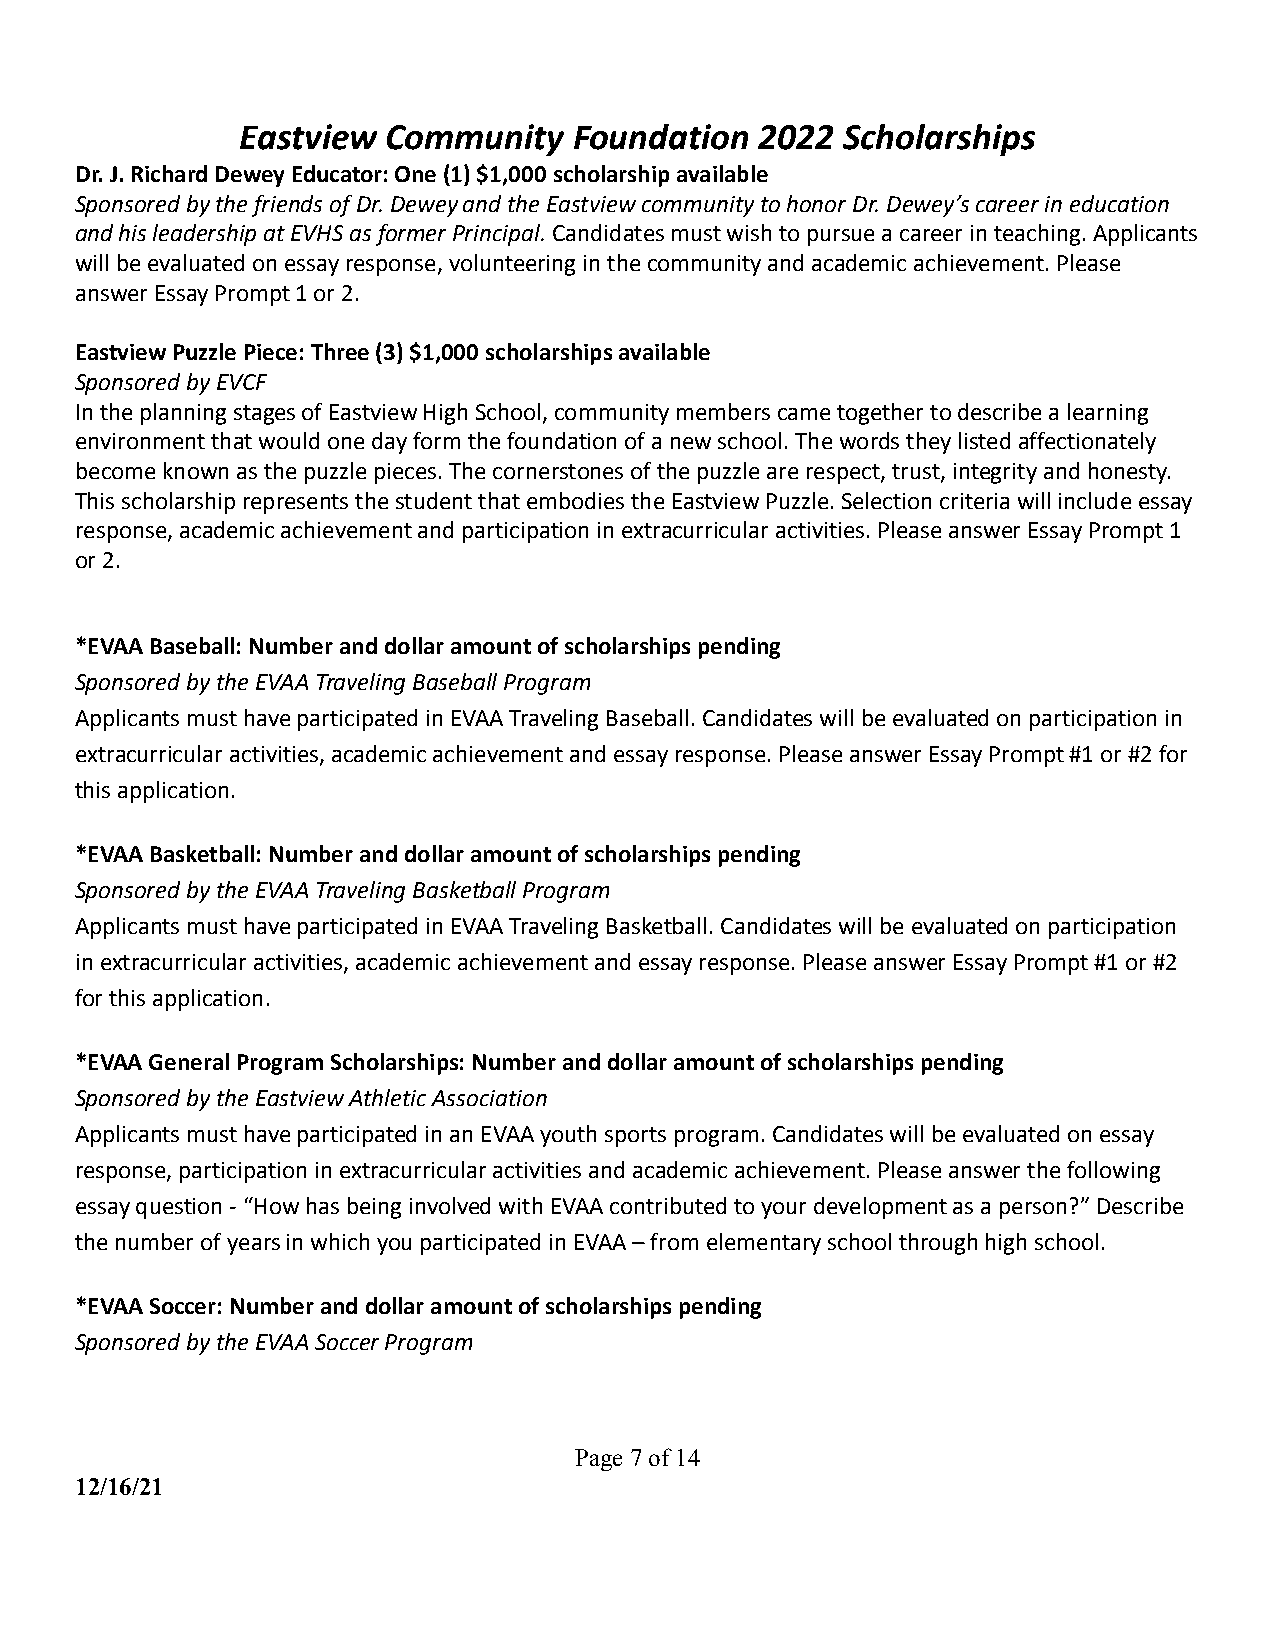
Eastview  Community   Foundation  2022  Scholarships
 Dr. J. Richard Dewey Educator: One (1) $1,000 scholarship available
 Sponsored by the friends of Dr. Dewey and the Eastview community to honor Dr. Dewey’s career in education
 and his leadership at EVHS as former Principal.Candidatesmust wish to pursue a career in teaching. Applicants
 will be evaluated on essay response, volunteering in the community and academic achievement. Please
 answer Essay Prompt 1 or 2.
 Eastview Puzzle Piece: Three (3) $1,000 scholarships available
 Sponsored by EVCF
 In the planning stages of Eastview High School, community members came together to describe a learning
 environment that would one day form the foundation of a new school. The words they listed affectionately
 become known as the puzzle pieces. The cornerstones of the puzzle are respect, trust, integrity and honesty.
 This scholarship represents the student that embodies the Eastview Puzzle. Selection criteria will include essay
 response, academic achievement and participation in extracurricular activities. Please answer Essay Prompt 1
 or 2.
 *EVAA Baseball: Number and dollar amount of scholarships pending
 Sponsored by the EVAA Traveling Baseball Program
 Applicants must have participated in EVAA Traveling Baseball. Candidates will be evaluated on participation in
 extracurricular activities, academic achievement and essay response. Please answer Essay Prompt #1 or #2 for
 this application.
 *EVAA Basketball: Number and dollar amount of scholarships pending
 Sponsored by the EVAA Traveling Basketball Program
 Applicants must have participated in EVAA Traveling Basketball. Candidates will be evaluated on participation
 in extracurricular activities, academic achievement and essay response. Please answer Essay Prompt #1 or #2
 for this application.
 *EVAA General Program Scholarships: Number and dollar amount of scholarships pending
 Sponsored by the Eastview Athletic Association
 Applicants must have participated in an EVAA youth sports program. Candidates will be evaluated on essay
 response, participation in extracurricular activities and academic achievement. Please answer the following
 essay question - “How has being involved with EVAA contributed to your development as a person?” Describe
 the number of years in which you participated in EVAA – from elementary school through high school.
 *EVAA Soccer: Number and dollar amount of scholarships pending
 Sponsored by the EVAA Soccer Program
 Page7of14
 12/16/21